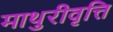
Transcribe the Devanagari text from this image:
माथुरीवृत्ति